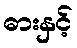
ဓားနှင့်